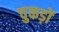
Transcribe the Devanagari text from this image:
चुकड़ों